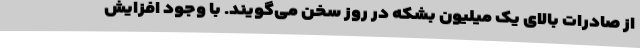
از صادرات بالای یک میلیون بشکه در روز سخن می‌گویند. با وجود افزایش